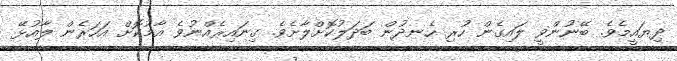
ދިޔައީމެވެ. ބޭނުންވީ ލައިގެން ހުރި ހެނދުން ބަދަލުކޮށްލާށެވެ. ގިނައިރެއްނުވެ އާމުކޮށް އަހަރެން ލާއުޅޭ